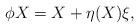
LaTeX: \begin{align*} \phi X = X+\eta(X)\xi,\end{align*}